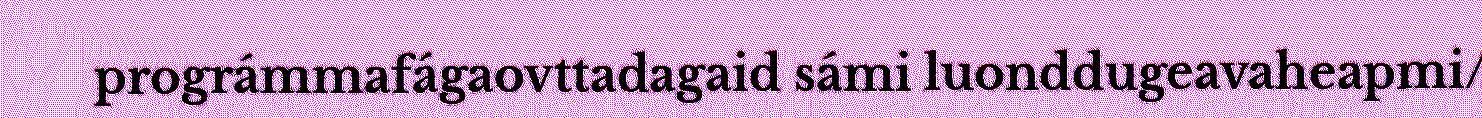
prográmmafágaovttadagaid sámi luonddugeavaheapmi/